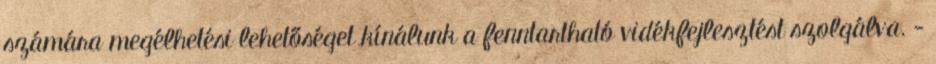
számára megélhetési lehetőséget kínálunk a fenntartható vidékfejlesztést szolgálva. -